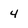
Character: 4